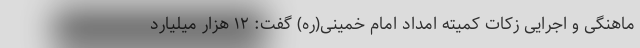
ماهنگی و اجرایی زکات کمیته امداد امام خمینی(ره) گفت: ۱۲ هزار میلیارد